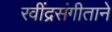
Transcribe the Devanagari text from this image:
रवींद्रसंगीताने